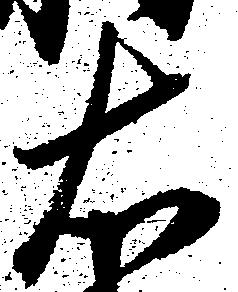
右